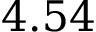
4 . 5 4